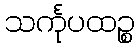
သင်္ကုပထဉ္စ